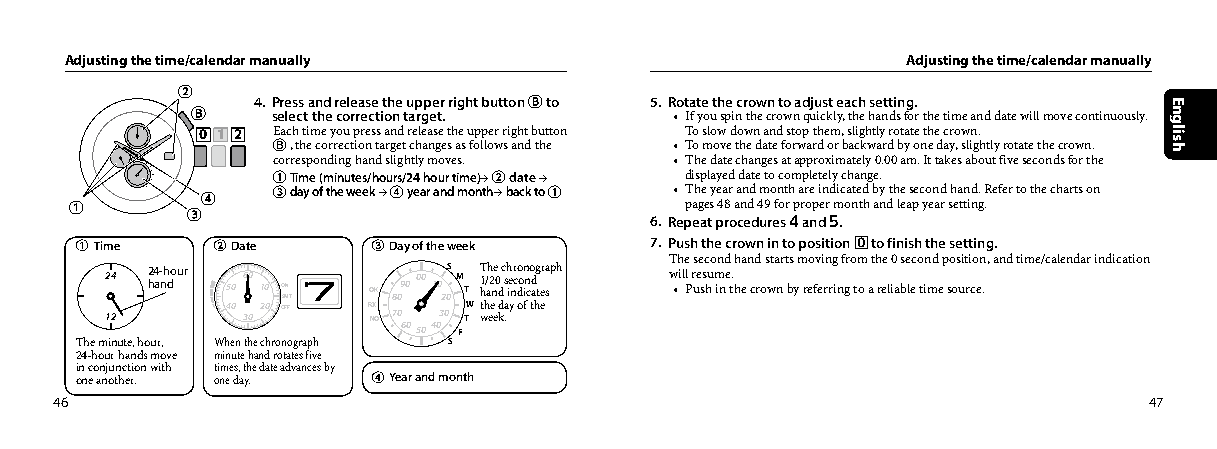
Adjusting the time/calendar manually                    Adjusting the time/calendar manually
 ②
 4. Press and release the upper right button Ⓑ to 5. Rotate the crown to adjust each setting.
 Ⓑ    select the correction target. • If you spin the crown quickly, the hands for the time and date will move continuously.
 0 1 2 Each time you press and release the upper right button To slow down and stop them, slightly rotate the crown.
 Ⓑ, the correction target changes as follows and the • To move the date forward or backward by one day, slightly rotate the crown.
 corresponding hand slightly moves. • The date changes at approximately 0.00 am. It takes about five seconds for the
 S SM FTTW ③①T di am
 y
 e
 o
 ( fm thin
 e
 u wte es e/ kh →ou ④rs/2 ye4
 a
 h ro au nr
 d
 t i mm oe n)→
 th
 ②
 →
 bd aa ct ke
 t
 o→
 ①        • T
 di hs ep l ya ey ae rd
 a
 d na dte
 m
 to
 o
 nc to hm ap rl ee t inel dy
 i
 cc ah ta en dg be.
 y the second hand. Refer to the charts on
 ①       ④                               pages 48 and 49 for proper month and leap year setting.
 ③                              6. Repeat procedures 4 and 5.
 ① Time   ②Date      ③Day of the week  7. Push the crown in to position 0 to finish the setting.
 The second hand starts moving from the 0 second position, and time/calendar indication
 2 14
 2
 2 h4 a- nh dour 5 40 0 6 30
 0
 1 20 0 OO SM FN FT RO NXK
 O
 8 70 09 60 00 50 041 00 32 00S M FTT W T 1 h t wh/ ah e2 en ee 0 dd
 k
 c s a
 .
 h ie ynr c o d oon i fn c o td a hg t eer sa ph w •i ll P r ue ss hu m ine t. h e crown by referring to a reliable time source.
 The minute, hour, When the chronograph S
 24-hour hands move minute hand rotates five
 in conjunction with times, the date advances by
 one another. one day. ④Year and month
 46                                                                      47
 English